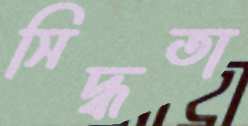
সিদ্ধতা